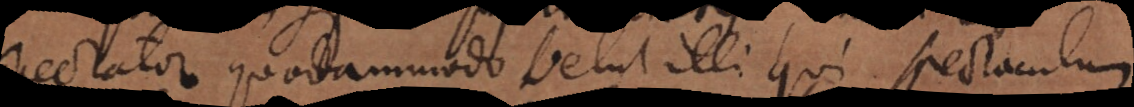
spectator quodammodo velut illi qui spectaculum